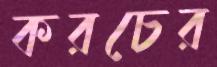
করচের